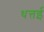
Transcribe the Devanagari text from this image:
थत्तई